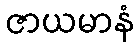
ဇာယမာနံ